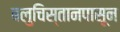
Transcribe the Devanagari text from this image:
बलुचिस्तानपासून